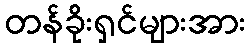
တန်ခိုးရှင်များအား